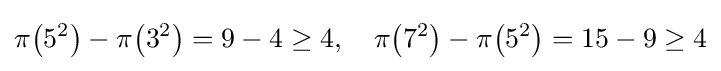
\pi {\big (}5^{2}{\big )}-\pi {\big (}3^{2}{\big )}=9-4\geq 4,\quad \pi {\big (}7^{2}{\big )}-\pi {\big (}5^{2}{\big )}=15-9\geq 4